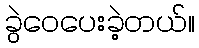
ခွဲဝေပေးခဲ့တယ်။